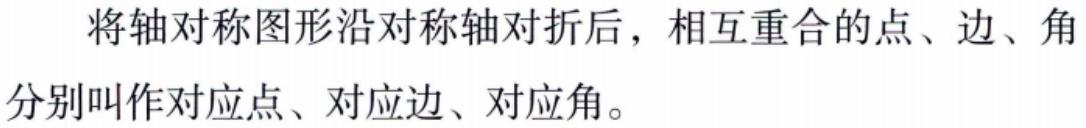
将轴对称图形沿对称轴对折后，相互重合的点、边、角分别叫作对应点、对应边、对应角。